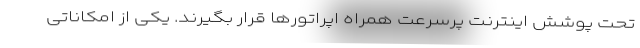
تحت پوشش اینترنت پرسرعت همراه اپراتورها قرار بگیرند. یکی از امکاناتی